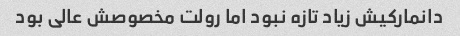
دانمارکیش زیاد تازه نبود اما رولت مخصوصش عالی بود